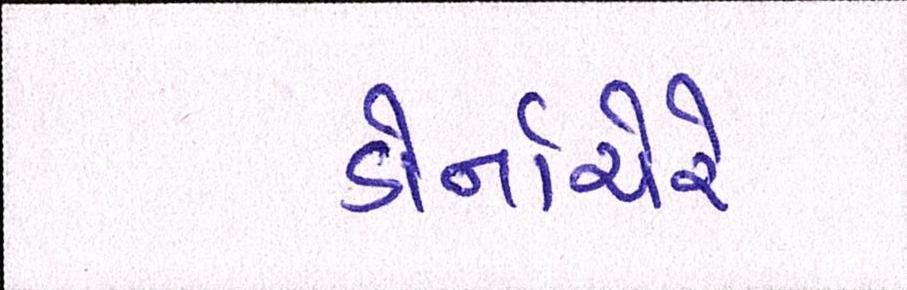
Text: ડોર્નાચેરે